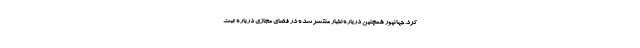
کرد. جهانپور همچنین درباره اخبار منتشر شده در فضای مجازی درباره ثبت